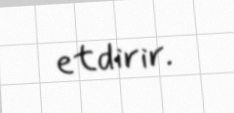
etdirir.